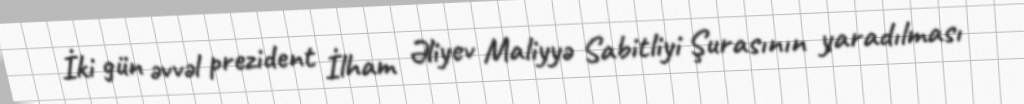
İki gün əvvəl prezident İlham Əliyev Maliyyə Sabitliyi Şurasının yaradılması